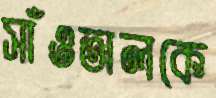
সাঁওতালকে